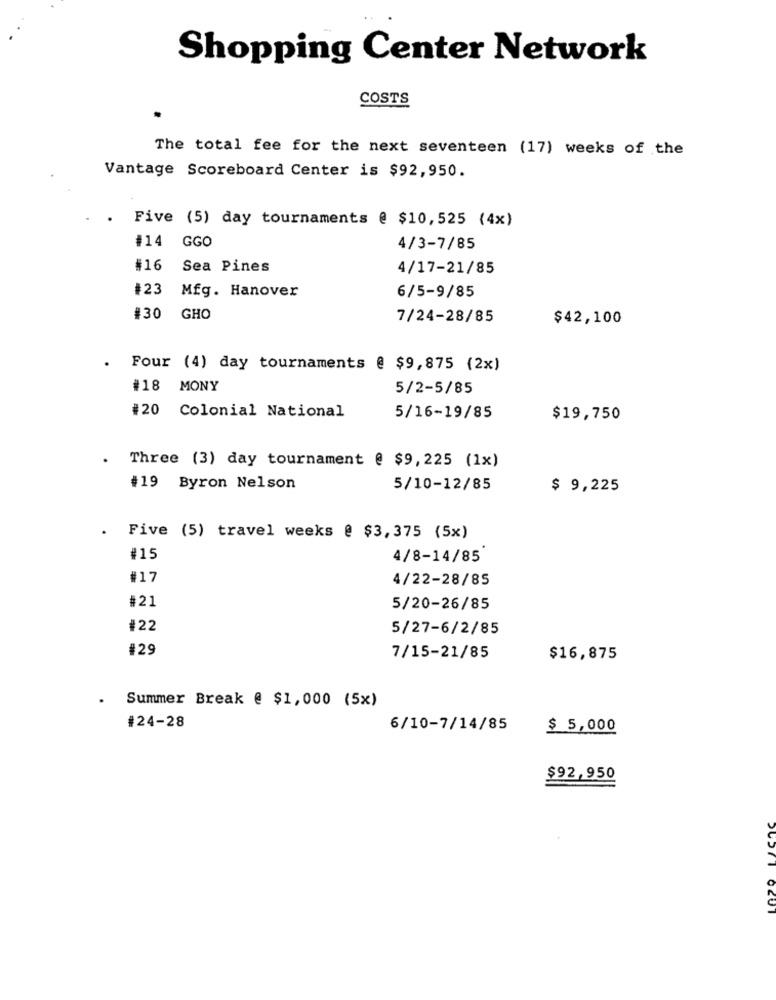
Shopping Center Network
COSTS
The total fee for the next seventeen (17) weeks of the
Vantage Scoreboard Center is $92,950.
Five (5) day tournaments @ $10,525 (4x)
#14 GGO
4/3-7/85
#16
Sea Pines
4/17-21/85
#23
Mfg. Hanover
6/5-9/85
#30 GHO
7/24-28/85
$42,100
.
Four (4) day tournaments @ $9,875 (2x)
#18 MONY
5/2-5/85
#20 Colonial National
5/16-19/85
$19,750
.
Three (3) day tournament @ $9, 225 (1x)
#19 Byron Nelson
5/10-12/85
$ 9,225
. Five (5) travel weeks @ $3,375 (5x)
#15
4/8-14/85
#17
4/22-28/85
#21
5/20-26/85
#22
5/27-6/2/85
#29
7/15-21/85
$16,875
Summer Break @ $1,000 (5x)
#24-28
6/10-7/14/85
$ 5,000
$92,950